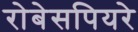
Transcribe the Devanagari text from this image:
रोबेसपियरे